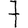
Digit: 7